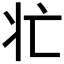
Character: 𭶿